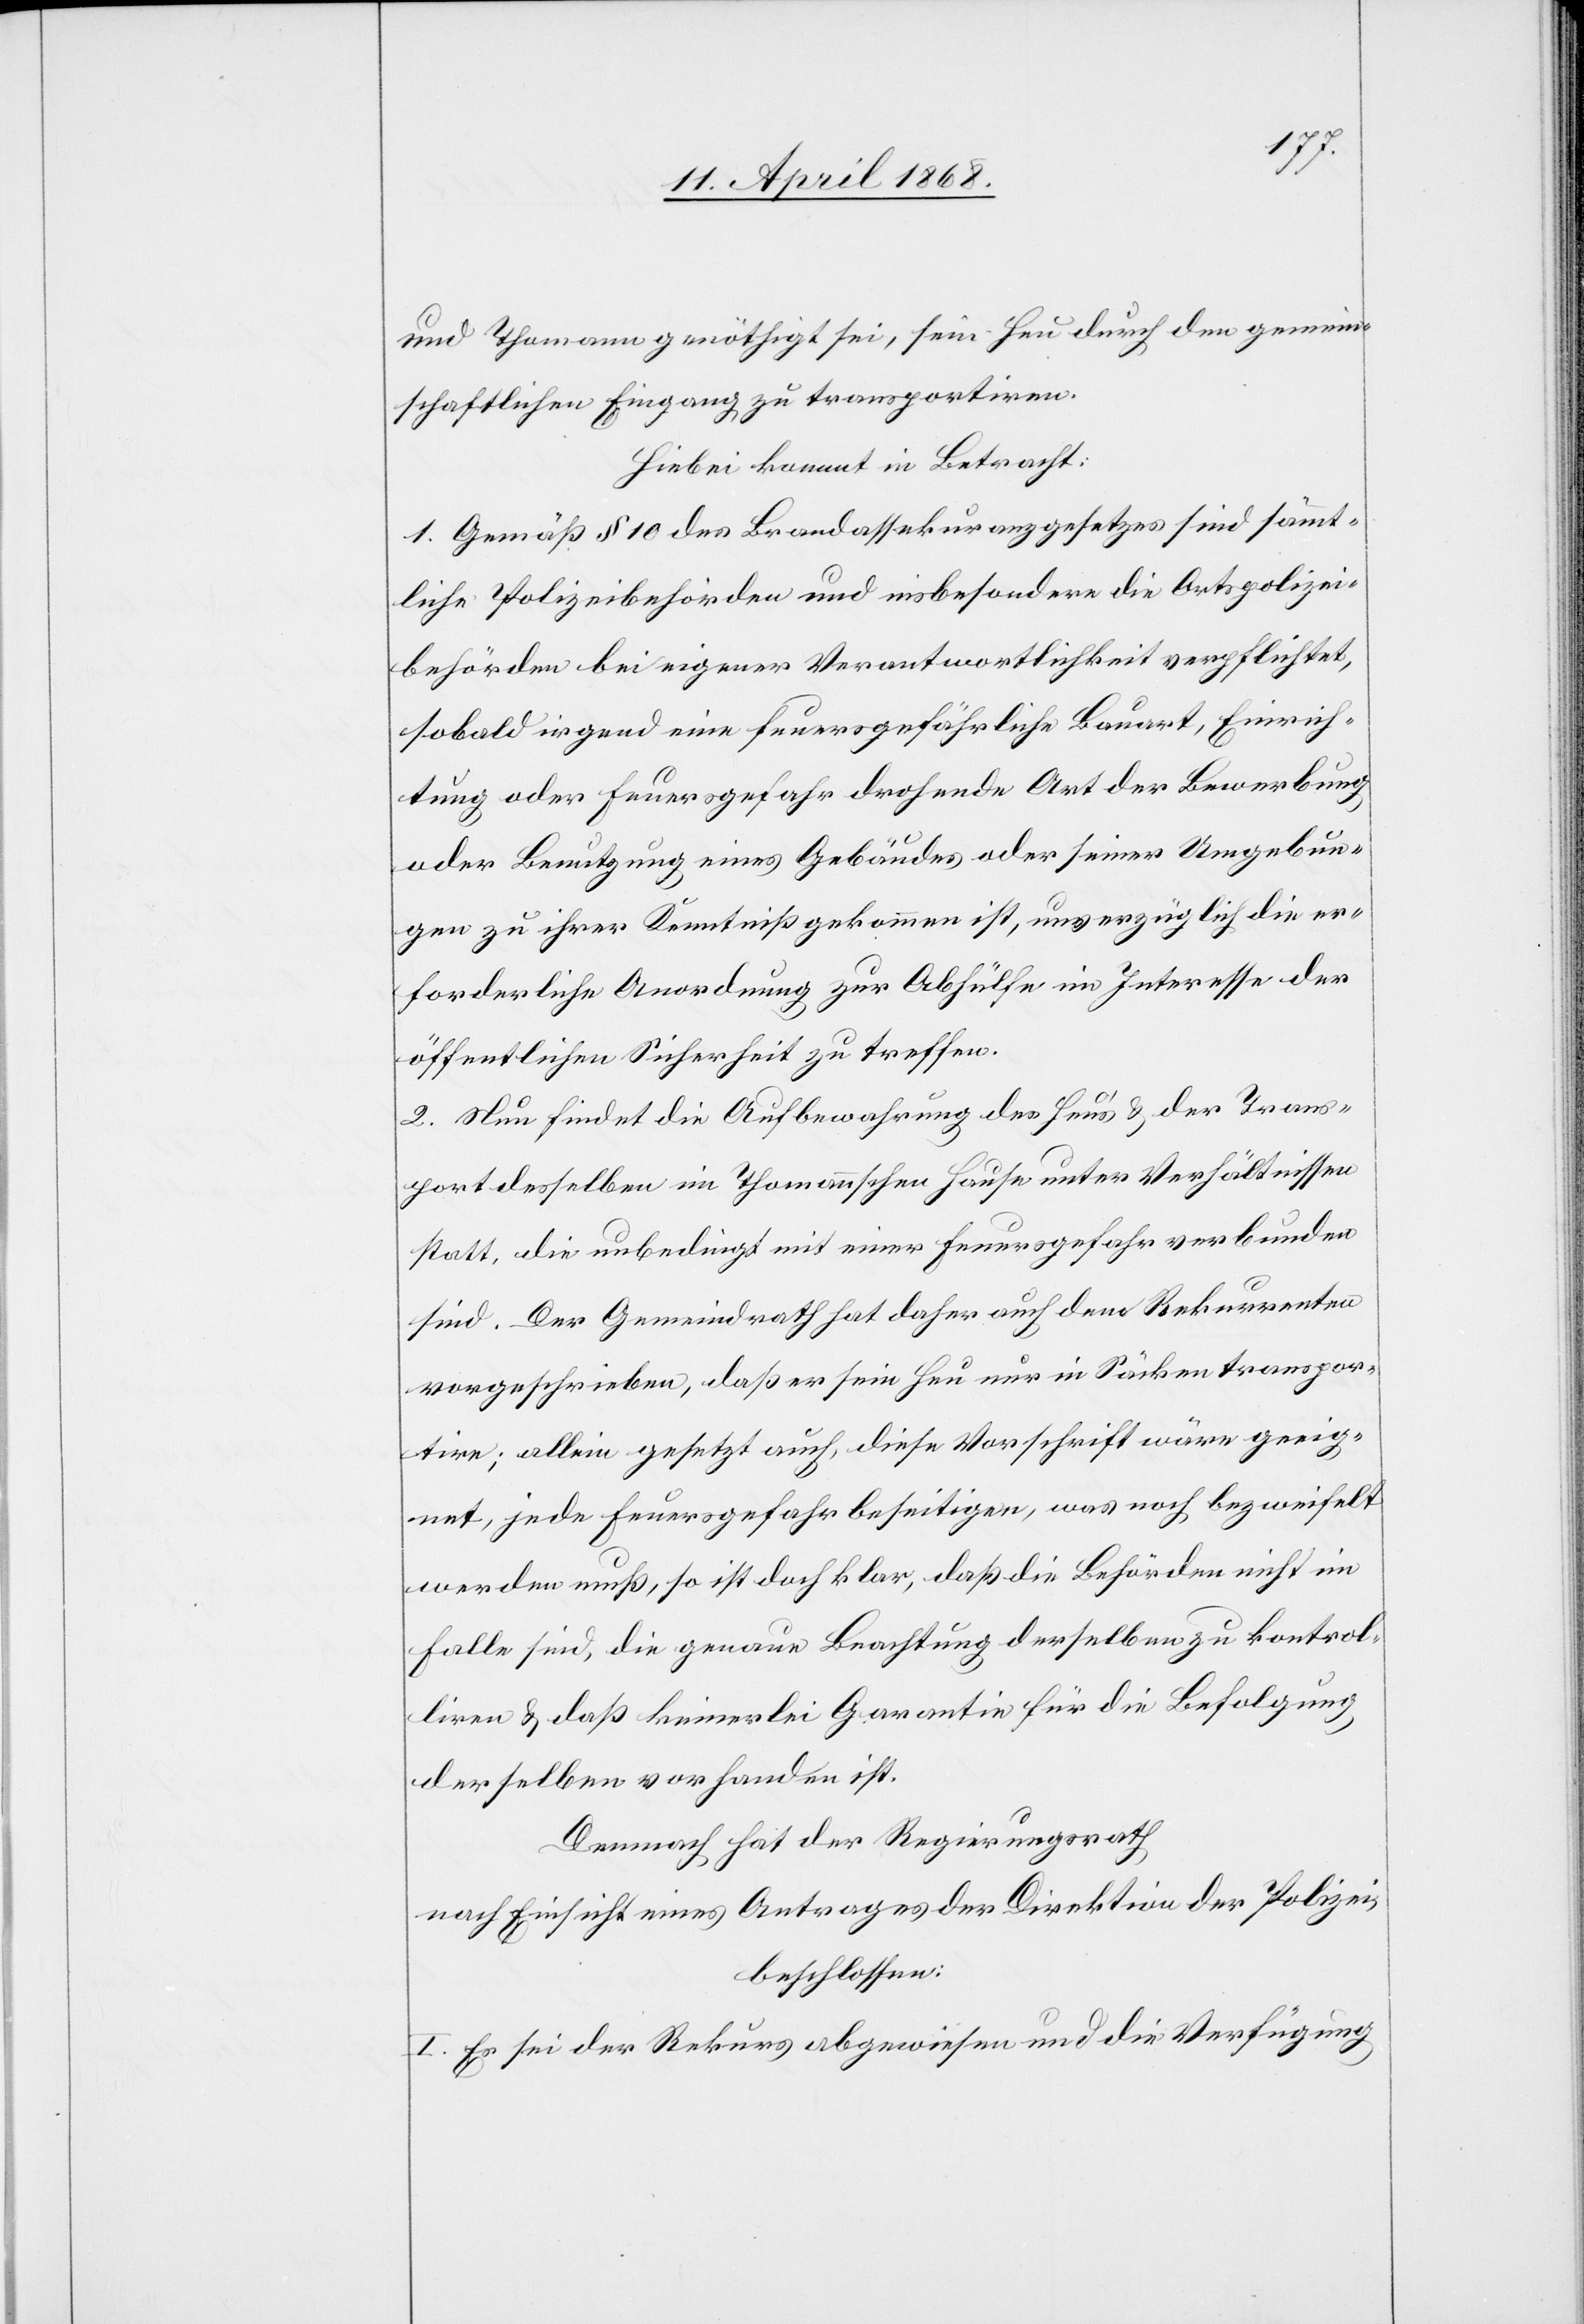
und Thomann genöthigt sei, sein Heu durch den gemein¬
schaftlichen Eingang zu transportiren.
Hiebei kommt in Betracht:
1. Gemäß § 10 des Brandassekuranzgesetzes sind sämmt¬
liche Polizeibehörden und insbesondere die Ortspolizei¬
behörden bei eigener Verantwortlichkeit verpflichtet,
sobald irgend eine feuersgefährliche Bauart, Einrich¬
tung oder Feuersgefahr drohende Art der Bewerbung
oder Benutzung eines Gebäudes oder seiner Umgebun¬
gen zu ihrer Kenntniß gekommen ist, unverzüglich die er¬
forderliche Anordnung zur Abhülfe im Interesse der
öffentlichen Sicherheit zu treffen.
2. Nun findet die Aufbewahrung des Heu’s & der Trans¬
port desselben im Thomannschen Hause unter Verhältnissen
statt, die unbedingt mit einer Feuersgefahr verbunden
sind. Der Gemeindrath hat daher auch dem Rekurrenten
vorgeschrieben, daß er sein Heu nur in Säcken transpor¬
tire; allein gesetzt auch, diese Vorschrift wäre geeig¬
net, jede Feuersgefahr [zu] beseitigen, was noch bezweifelt
werden muß, so ist doch klar, daß die Behörden nicht im
Falle sind, die genaue Beachtung derselben zu kontrol¬
liren & daß keinerlei Garantie für die Befolgung
derselben vorhanden ist.
Demnach hat der Regierungsrath
nach Einsicht eines Antrages der Direktion der Polizei,
beschlossen:
I. Es sei der Rekurs abgewiesen und die Verfügung